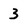
Character: 3